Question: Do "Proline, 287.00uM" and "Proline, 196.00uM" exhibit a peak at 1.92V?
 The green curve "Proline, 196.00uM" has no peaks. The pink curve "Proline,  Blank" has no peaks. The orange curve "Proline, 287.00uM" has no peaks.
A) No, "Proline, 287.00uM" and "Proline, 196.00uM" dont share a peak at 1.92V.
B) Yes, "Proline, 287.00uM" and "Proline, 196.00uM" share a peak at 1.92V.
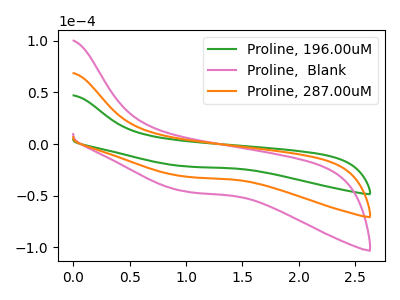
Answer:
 <answer>A) No, "Proline, 287.00uM" and "Proline, 196.00uM" dont share a peak at 1.92V.</answer>
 <eval>A</eval>